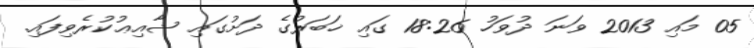
05 މައި 2013 ވަނަ ދުވަހު 18:26 ގައި ޚަބަރުގެ ދަށުގައި ޝާއިޢުކުރެވިފައި.